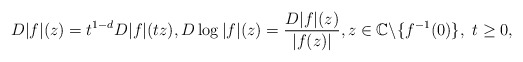
\begin{align*}D|f|(z)=t^{1-d}D|f|(tz),D\log|f|(z)=\frac{D|f|(z)}{|f(z)|},z\in \mathbb{C}\backslash\{f^{-1}(0)\},\ t\ge0,\end{align*}